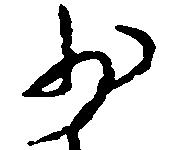
少